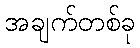
အချက်တစ်ခု